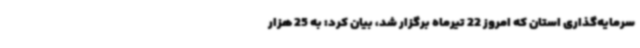
سرمایه‌گذاری استان که امروز 22 تیرماه برگزار شد، بیان کرد: به 25 هزار